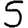
Digit: 5